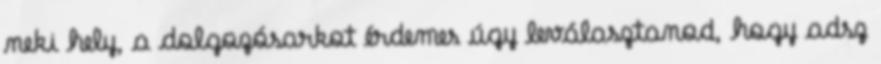
neki hely, a dolgozósarkot érdemes úgy leválasztanod, hogy adsz